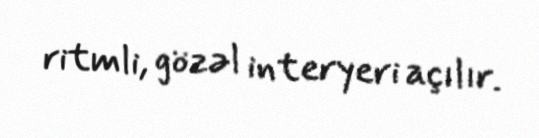
ritmli, gözəl interyeri açılır.